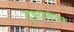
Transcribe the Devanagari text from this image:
दृश्यतेवर